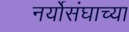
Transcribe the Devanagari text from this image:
नर्योसंघाच्या